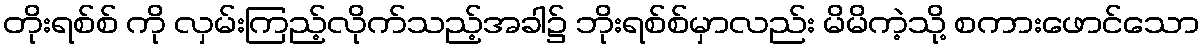
တိုးရစ်စ် ကို လှမ်းကြည့်လိုက်သည့်အခါ၌ ဘိုးရစ်စ်မှာလည်း မိမိကဲ့သို့ စကားဖောင်သော